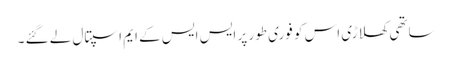
ساتھی کھلاڑی اس کو فوری طور پر ایس ایس کے ایم اسپتال لے گئے ۔